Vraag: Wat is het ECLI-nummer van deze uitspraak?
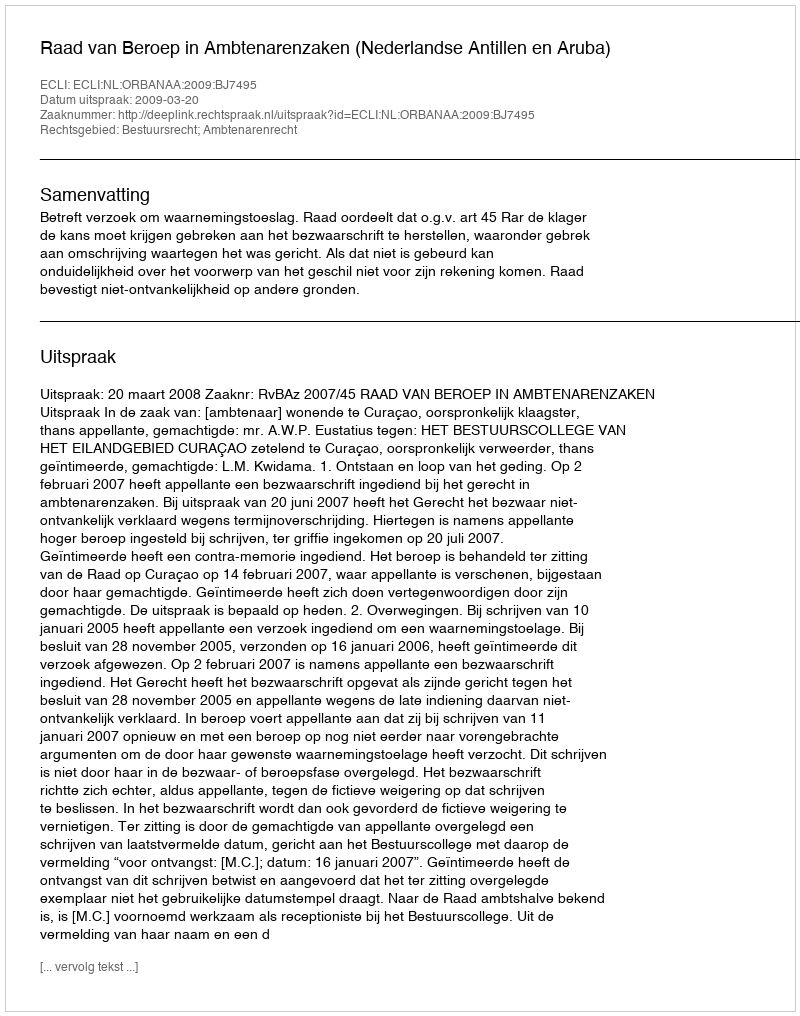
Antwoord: ECLI:NL:ORBANAA:2009:BJ7495